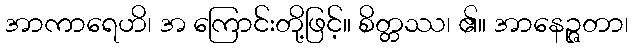
အာကာရေဟိ၊ အ ကြောင်းတို့ဖြင့်။ စိတ္တဿ၊ ၏။ အာနေဉ္ဇတာ၊